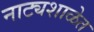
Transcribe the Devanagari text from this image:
नाट्यशाळेत